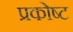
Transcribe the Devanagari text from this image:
प्रकोष्ट